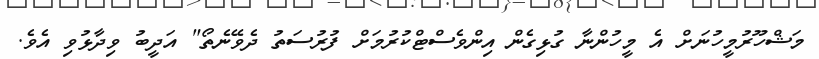
މަޝްހޫރުމީހުނަށް އެ މީހުންނާ ގުޅިގެން އިންވެސްޓްކުރުމަށް ފުރުސަތު ދެވޭނެތޯ" އަދީބު ވިދާޅުވި އެވެ.